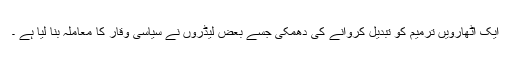
ایک اٹھارویں ترمیم کو تبدیل کروانے کی دھمکی جسے بعض لیڈروں نے سیاسی وقار کا معاملہ بنا لیا ہے ۔